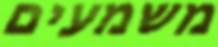
משמעים